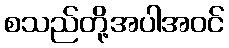
စသည်တို့အပါအဝင်